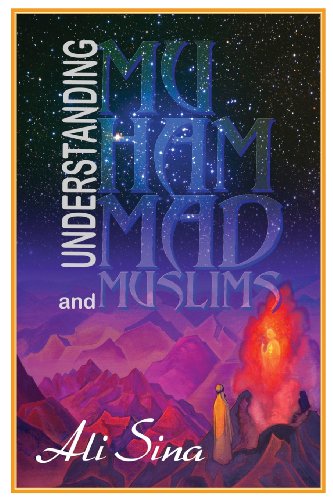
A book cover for Understanding Muhammad and Muslims; Ali Sina; Religion & Spirituality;